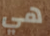
هي